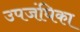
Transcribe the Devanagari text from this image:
उपजंघिका